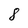
Character: 8